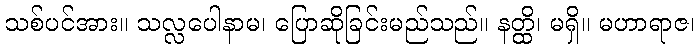
သစ်ပင်အား။ သလ္လပေါနာမ၊ ပြောဆိုခြင်းမည်သည်။ နတ္ထိ၊ မရှိ။ မဟာရာဇ၊